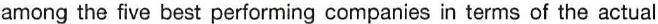
among the five best performing companies in terms of the actual